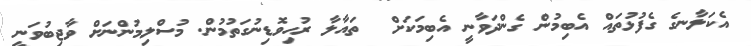
އެކަލާނގެ ގެފުޅުތައް އެބިމުން ގެންދަވާނީ އެބިމަކަށް  ތައާލާ ރުހިވޮޑިނުގަތުމުން. މުސްލިމުންނަށް ވާޖިބުވަނީ